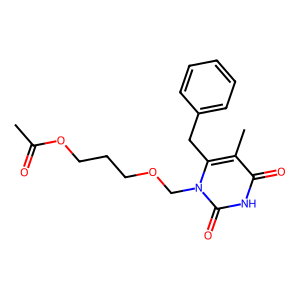
SMILES: CC(=O)OCCCOCn1c(Cc2ccccc2)c(C)c(=O)[nH]c1=O
Inhibits HIV replication: Yes